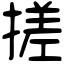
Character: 搓